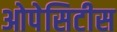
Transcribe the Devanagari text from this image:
ओपेसिटीस